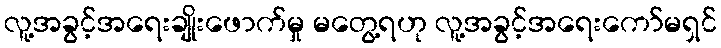
လူ့အခွင့်အရေးချိုးဖောက်မှု မတွေ့ရဟု လူ့အခွင့်အရေးကော်မရှင်